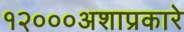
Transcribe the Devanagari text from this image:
१२०००अशाप्रकारे